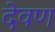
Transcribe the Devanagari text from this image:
देवण